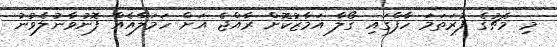
މި މެޗުގެ ފުރަތަމަ ހާފްގައި ގޯލާ އަމާޒުކޮށް ރާއްޖެ އަށް ހަމަލާއެއް ފޮނުވާނުލެވުނު